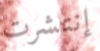
إنتشرت